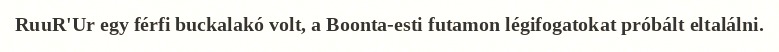
RuuR'Ur egy férfi buckalakó volt, a Boonta-esti futamon légifogatokat próbált eltalálni.